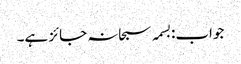
جواب:بسمہ سبحانہ جائز ہے۔